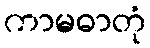
ကာမဓာတုံ